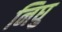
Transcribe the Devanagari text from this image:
निघु